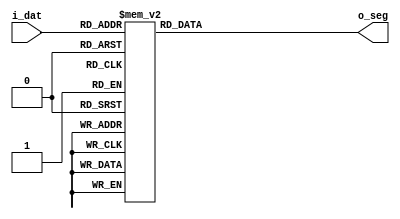
module dec_7seg(i_dat, o_seg);

input       [3:0]   i_dat;
output  reg [6:0]   o_seg;

always @* begin

    case (i_dat)

        4'h0: o_seg = 7'b1000000;
        4'h1: o_seg = 7'b1111001;
        4'h2: o_seg = 7'b0100100;
        4'h3: o_seg = 7'b0110000;
        4'h4: o_seg = 7'b0011001;
        4'h5: o_seg = 7'b0010010;
        4'h6: o_seg = 7'b0000010;
        4'h7: o_seg = 7'b1111000;
        4'h8: o_seg = 7'b0000000;
        4'h9: o_seg = 7'b0011000;
        4'hA: o_seg = 7'b0001000;
        4'hB: o_seg = 7'b0000011;
        4'hC: o_seg = 7'b1000110;
        4'hD: o_seg = 7'b0100001;
        4'hE: o_seg = 7'b0000110;
        4'hF: o_seg = 7'b0001110;

    endcase

end


endmodule